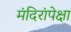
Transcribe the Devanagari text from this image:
मंदिरांपेक्षा